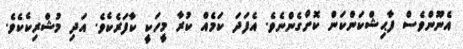
އެނޫންވެސް ފާޙިޝްކަންކަން ކޮށްގެންނެވެ. އެފަދަ ކަމެއް ކުރާ މީހަކީ ކާފަރެކެވެ. އަދި މުޝްރިކެކެވެ.